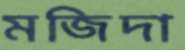
মজিদা